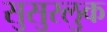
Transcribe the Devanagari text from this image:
सुसुरलुक